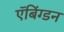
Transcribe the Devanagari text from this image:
ऍबिंग्डन